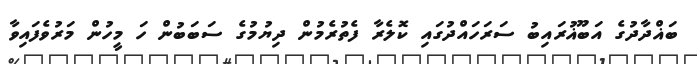
ބަޣްދާދުގެ އަބޫޣުރައިބު ސަރަހައްދުގައި ކޮލެރާ ފެތުރެމުން ދިޔުމުގެ ސަބަބުން ހަ މީހުން މަރުވެފައިވާ